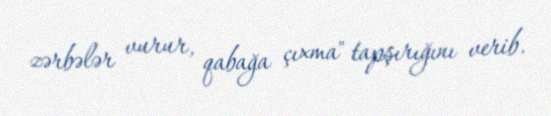
zərbələr vurur, qabağa çıxma" tapşırığını verib.